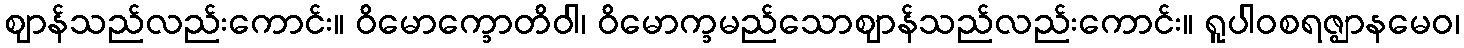
ဈာန်သည်လည်းကောင်း။ ဝိမောက္ခောတိဝါ၊ ဝိမောက္ခမည်သောဈာန်သည်လည်းကောင်း။ ရူပါဝစရဇ္ဈာနမေဝ၊